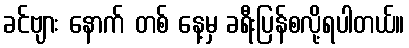
ခင်ဗျား နောက် တစ် နေ့မှ ခရီးပြန်စလို့ရပါတယ်။